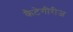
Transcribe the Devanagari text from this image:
कैटेगीरीज